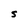
Character: S